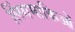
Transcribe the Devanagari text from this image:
लिंगमाकिओं